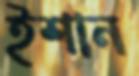
ইশান